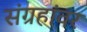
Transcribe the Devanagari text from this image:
संग्रहांवर